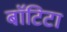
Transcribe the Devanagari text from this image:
बाॅटिटा